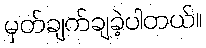
မှတ်ချက်ချခဲ့ပါတယ်။